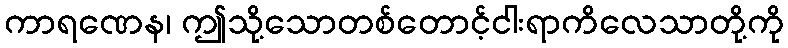
ကာရဏေန၊ ဤသို့သောတစ်တောင့်ငါးရာကိလေသာတို့ကို